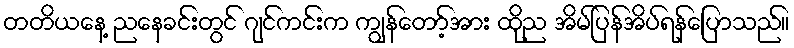
တတိယနေ့ ညနေခင်းတွင် ဂျင်ကင်းက ကျွန်တော့်အား ထိုည အိမ်ပြန်အိပ်ရန်ပြောသည်။